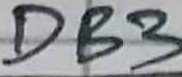
Text: DB3